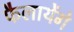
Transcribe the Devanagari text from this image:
फैलायेंगे